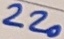
Text: 220